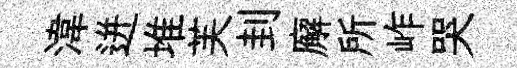
湋迸堆芙刲廨所岞哭